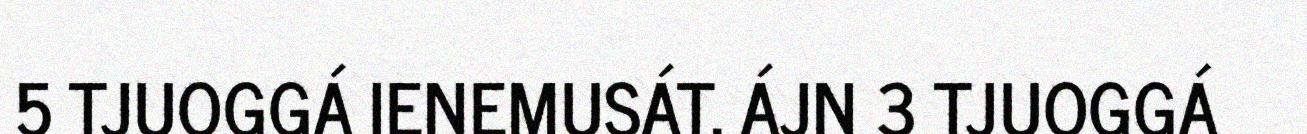
5 TJUOGGÁ IENEMUSÁT. ÁJN 3 TJUOGGÁ